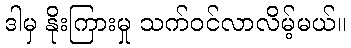
ဒါမှ နိုးကြားမှု သက်ဝင်လာလိမ့်မယ်။